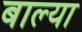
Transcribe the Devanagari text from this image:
बाल्या